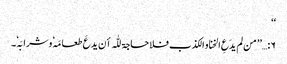
‘‘
۶:…’’ من لم یدَعِ الخنا و الکذب فلا حاجۃ للّٰہ أن یدعَ طعامَہٗ وشرابَہٗ۔